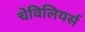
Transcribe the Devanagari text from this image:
चेविलियर्स